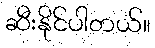
ဆီးနိုင်ပါတယ်။